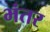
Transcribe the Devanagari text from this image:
भंतर